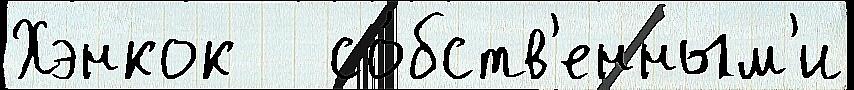
Хэнкок   со́бств'енным'и